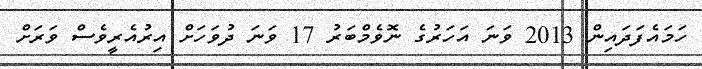
ހަމައެފަދައިން 2013 ވަނަ އަހަރުގެ ނޮވެމްބަރު 17 ވަނަ ދުވަހަށް އިރުއެރީވެސް ވަރަށް